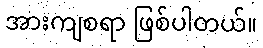
အားကျစရာ ဖြစ်ပါတယ်။